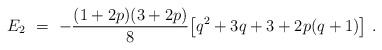
\begin{align*} E_2\ =\ -\frac{(1+2p)(3+2p)}{8}\big[q^2+3q+3+2p(q+1)\big]\ .\end{align*}